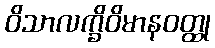
ဝိသာလက္ခိဝိမာနဝတ္ထု